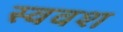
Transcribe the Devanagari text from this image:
स्ववश